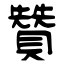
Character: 贊